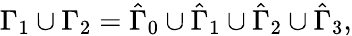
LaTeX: \Gamma_{1}\cup\Gamma_{2}=\hat{\Gamma}_{0}\cup\hat{\Gamma}_{1}\cup\hat{\Gamma}_{2}\cup\hat{\Gamma}_{3},